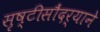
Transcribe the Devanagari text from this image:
सृष्टीसौंदर्याने